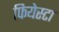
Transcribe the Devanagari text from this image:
फियेस्टा